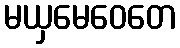
မယှမေဝေတေ